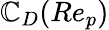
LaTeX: \mathbb{C}_{D}(Re_{p})